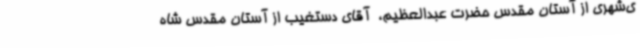
ی‌شهری از آستان مقدس حضرت عبدالعظیم، ‌ آقای دستغیب از آستان مقدس شاه